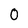
Character: O